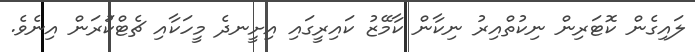
ލައިގެން ކޮޓަރިން ނިކުތްއިރު ނިކާން ކާމޭޒު ކައިރީގައި އިށީނދެ މީހަކާއި ޗެޓްކުަރަން އިނެވެ.